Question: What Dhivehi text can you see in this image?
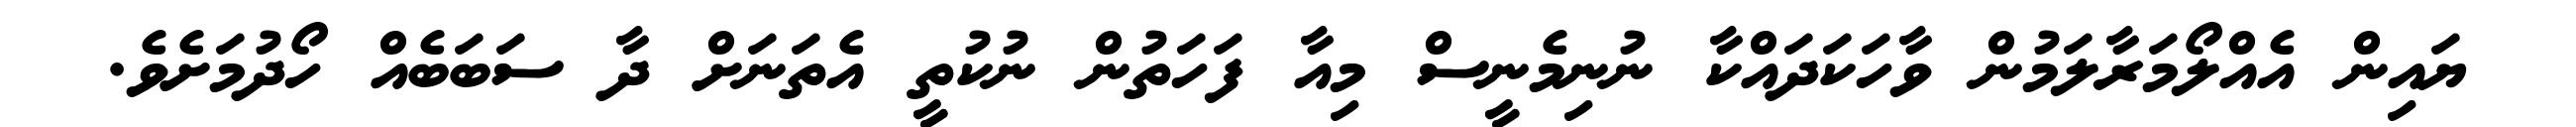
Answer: ޔައިން އެއްލޯމަރާލަމުން ވާހަކަދައްކާ ނުނިމެނީސް މިއާ ފަހަތުން ނުކުތީ އެތަނަށް ދާ ސަބަބެއް ހޯދުމަށެވެ.